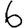
Digit: 6